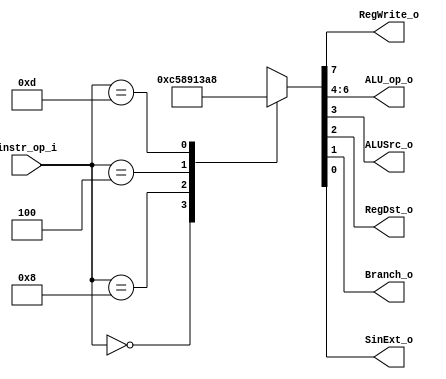
module Decoder(
    instr_op_i,
    RegWrite_o,
    ALU_op_o,
    ALUSrc_o,
    RegDst_o,
    Branch_o,
    SinExt_o
    );

//I/O ports
input  [6-1:0] instr_op_i;

output         RegWrite_o;
output [3-1:0] ALU_op_o;
output         ALUSrc_o;
output         RegDst_o;
output         Branch_o;
output         SinExt_o;

//Internal Signals
reg    [3-1:0] ALU_op_o;
reg            ALUSrc_o;
reg            RegWrite_o;
reg            RegDst_o;
reg            Branch_o;
reg            SinExt_o;

//Parameter

always@(*) begin
    case (instr_op_i)
        // XXX: the ALU_op is defined by myself? @_@?
        // r-types: add, sub, and, or, slt
        6'b000000:
            {RegWrite_o, ALU_op_o, ALUSrc_o, RegDst_o, Branch_o, SinExt_o} <= 8'b1_100_0101;
        // addi (add imm)
        6'b001000:
            {RegWrite_o, ALU_op_o, ALUSrc_o, RegDst_o, Branch_o, SinExt_o} <= 8'b1_000_1001;
        // beq
        6'b000100:
            {RegWrite_o, ALU_op_o, ALUSrc_o, RegDst_o, Branch_o, SinExt_o} <= 8'b0_001_0011;
        // ori (or imm)
        6'b001101:
            {RegWrite_o, ALU_op_o, ALUSrc_o, RegDst_o, Branch_o, SinExt_o} <= 8'b1_010_1000;
        default:
            {RegWrite_o, ALU_op_o, ALUSrc_o, RegDst_o, Branch_o, SinExt_o} <= 8'bxxxxxxxx;
    endcase
end



//Main function

endmodule